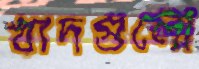
খাদগুলো